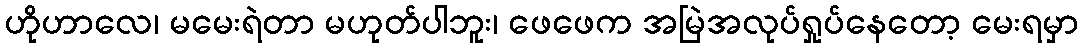
ဟိုဟာလေ၊ မမေးရဲတာ မဟုတ်ပါဘူး၊ ဖေဖေက အမြဲအလုပ်ရှုပ်နေတော့ မေးရမှာ